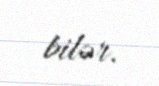
bilər.